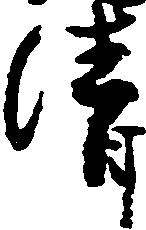
清